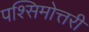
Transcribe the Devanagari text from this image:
पश्सिमोत्तरी